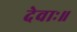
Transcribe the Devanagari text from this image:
देवाः॥